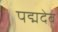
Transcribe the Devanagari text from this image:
पद्मदेव